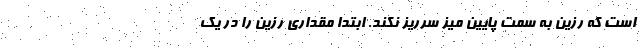
است که رزین به سمت پایین میز سرریز نکند. ابتدا مقداری رزین را در یک